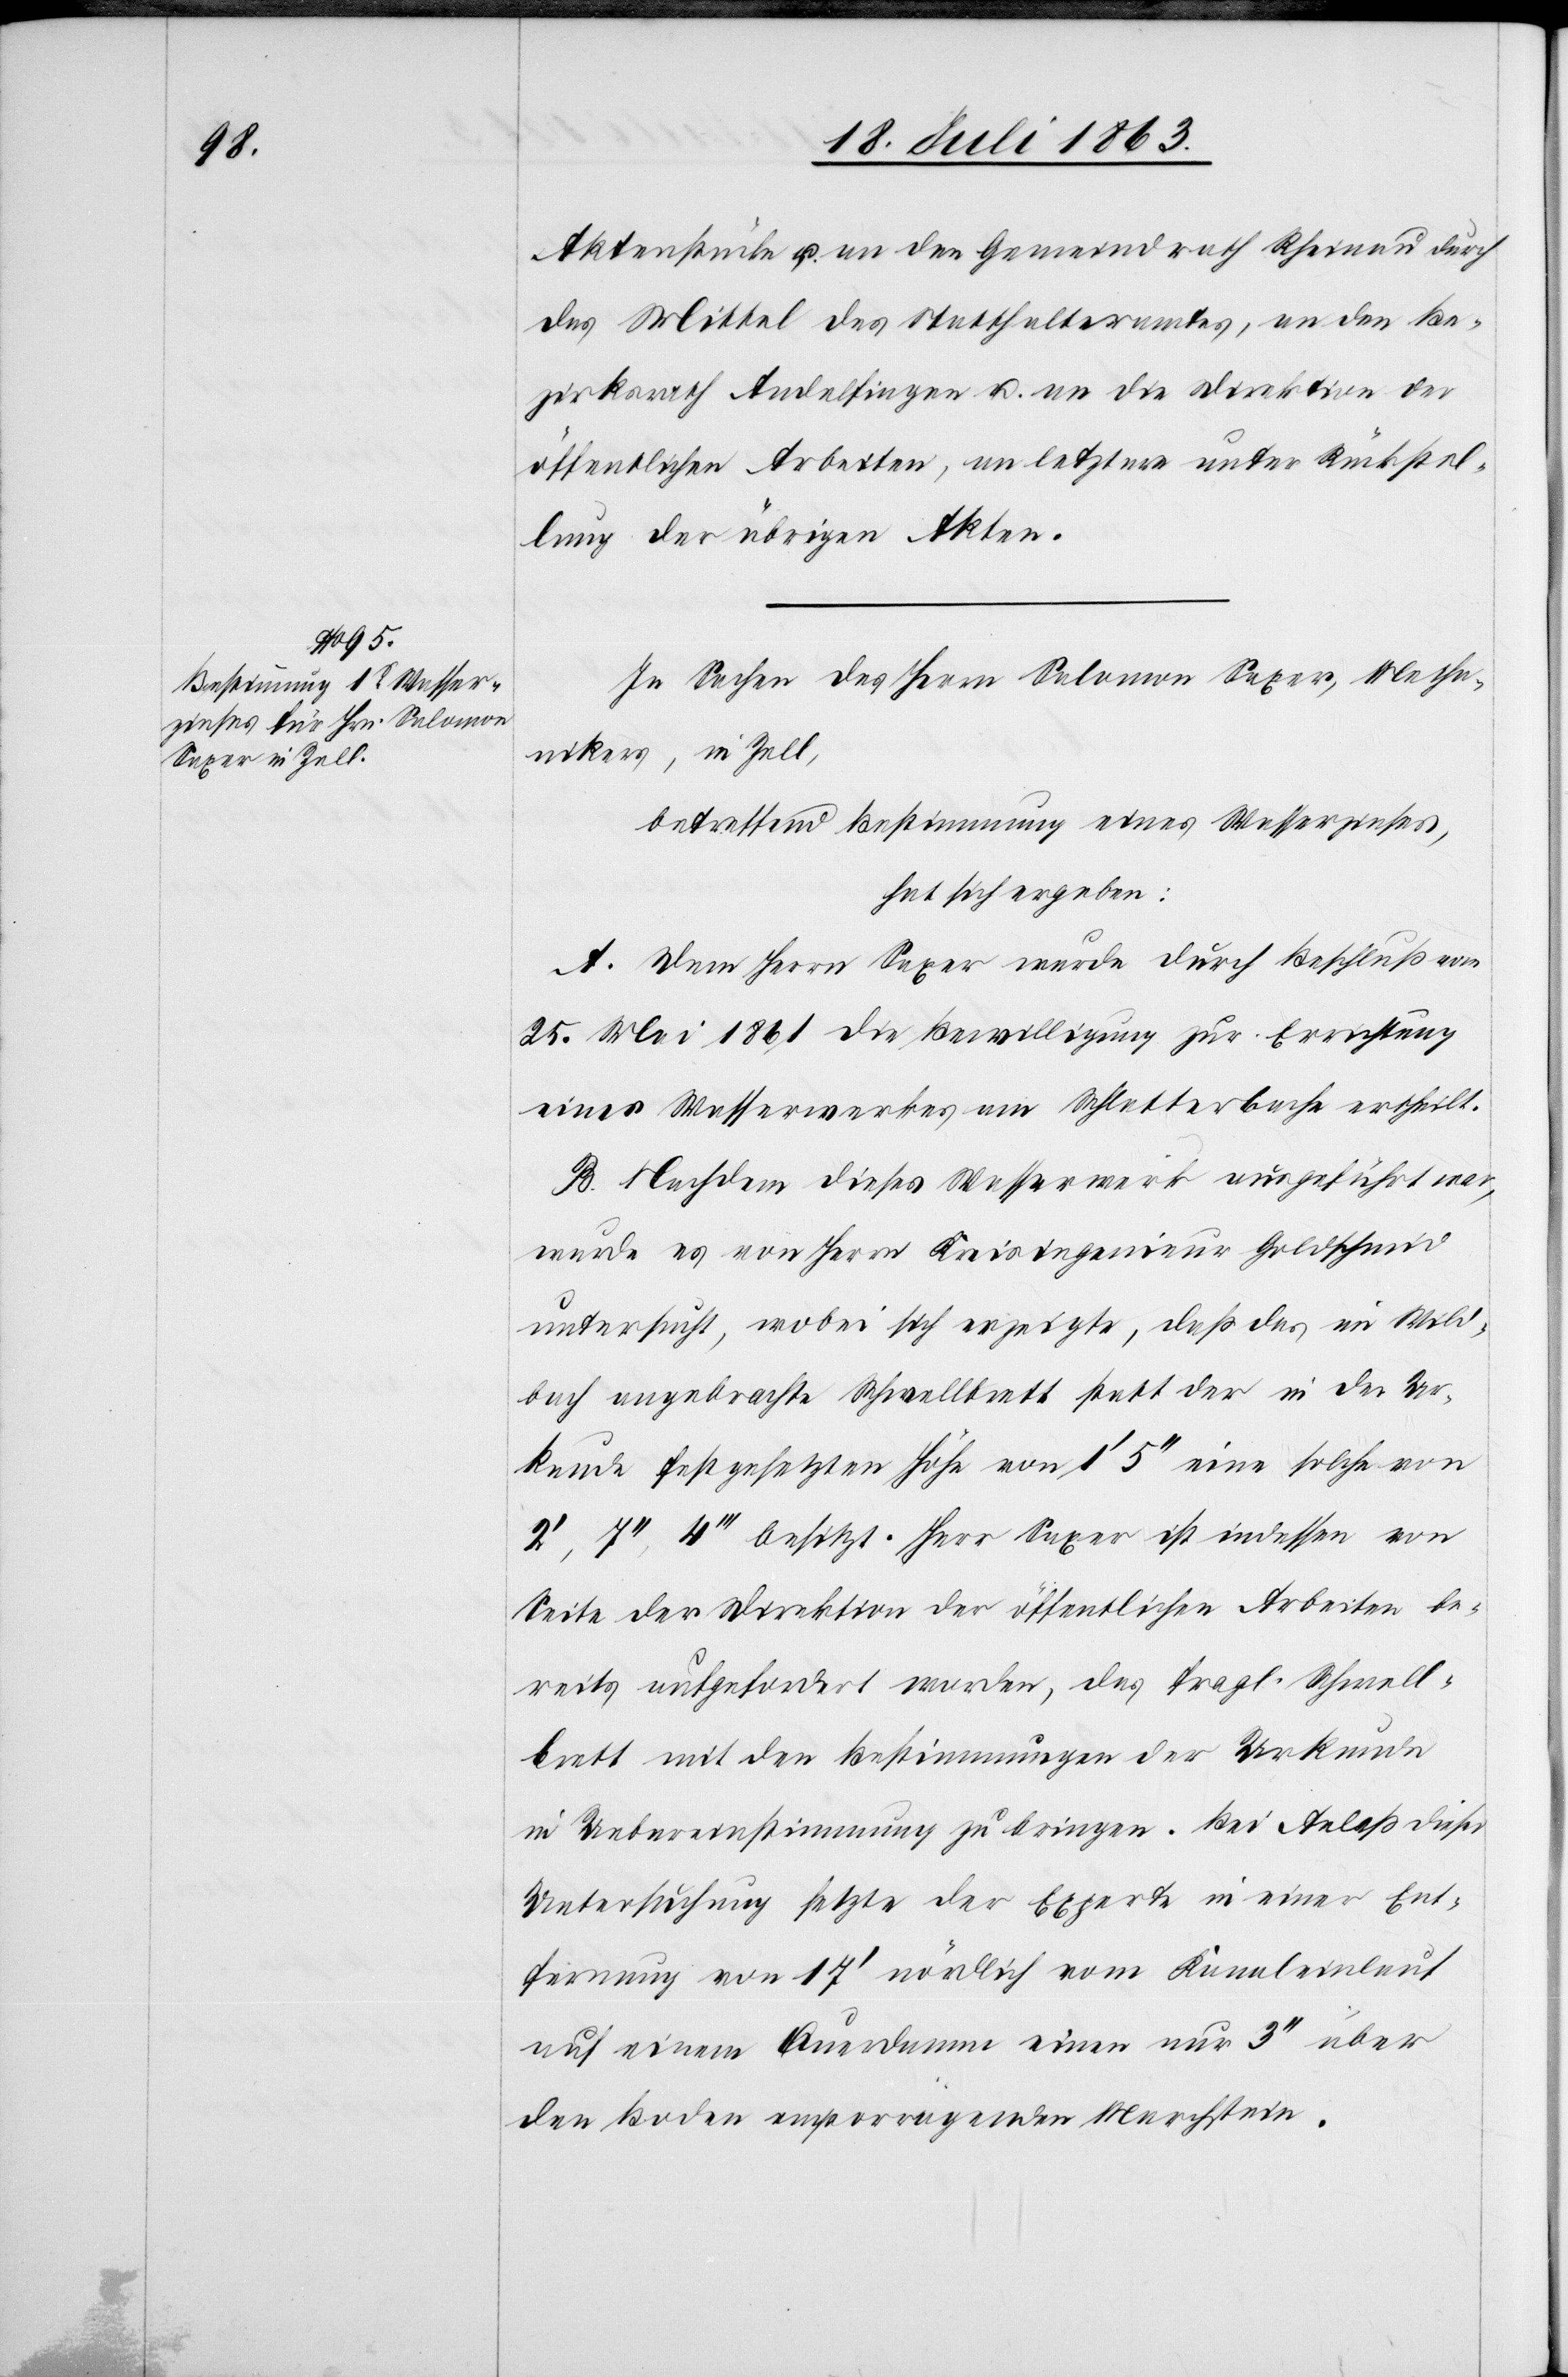
Aktenstücke u. an den Gemeindrath Rheinau durch
das Mittel des Statthalteramtes, an den Be¬
zirksrath Andelfingen u. an die Direktion der
öffentlichen Arbeiten, an letztere unter Rückstel¬
lung der übrigen Akten.
In Sachen des Herrn Salomon Saxer, Mecha¬
nikers, in Zell,
betreffend Bestimmung eines Wasserzinses,
hat sich ergeben:
A. Dem Herrn Saxer wurde durch Beschluß vom
25. Mai 1861 die Bewilligung zur Errichtung
eines Wasserwerkes am Schlatterbache ertheilt.
B. Nachdem dieses Wasserwerk ausgeführt war,
wurde es von Herrn Kreisingenieur Goldschmid
untersucht, wobei sich erzeigte, daß das im Wild¬
bach angebrachte Schwellbrett statt der in der Ur¬
kunde festgesetzten Höhe von 1' 5'' eine solche von
4''' besitzt. Herr Saxer ist indessen von
Seite der Direktion der öffentlichen Arbeiten be¬
reits aufgefordert worden, das fragl. Schwell¬
brett mit den Bestimmungen der Urkunde
in Uebereinstimmung zu bringen. Bei Anlaß dieser
Untersuchung setzte der Experte in einer Ent¬
fernung von 17' nördlich vom Kanaleinlauf
auf einem Querdamm einen nur 3'' über
den Boden emporragenden Marchstein.